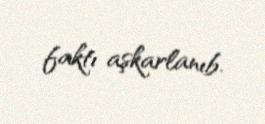
faktı aşkarlanıb.